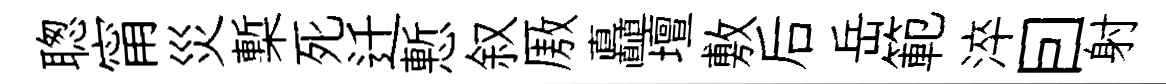
聦甯災槧死迁慙叙厫矗壇敷后岳範淬囙射